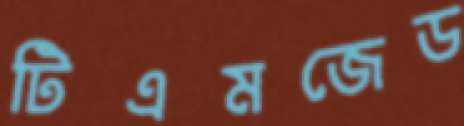
টিএমজেড